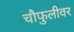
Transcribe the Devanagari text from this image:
चौफुलीवर